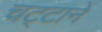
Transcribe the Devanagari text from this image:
चट्‍टानें